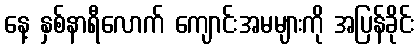
နေ့ နှစ်နာရီလောက် ကျောင်းအမများကို အပြန်ခိုင်း